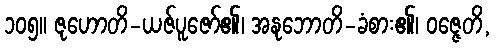
၁၀၅။ ဇုဟောတိ-ယဇ်ပူဇော်၏၊ အနုဘောတိ-ခံစား၏၊ ဝဇ္ဇေတိ,